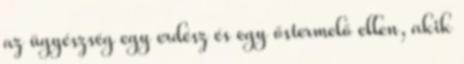
az ügyészség egy erdész és egy őstermelő ellen, akik